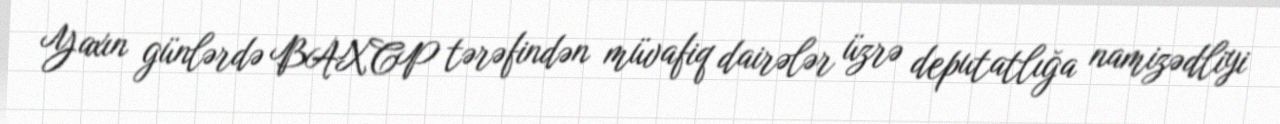
Yaxın günlərdə BAXCP tərəfindən müvafiq dairələr üzrə deputatlığa namizədliyi